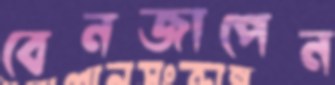
বেনজাপেন